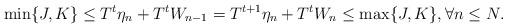
LaTeX: \begin{align*}\min\{J,K\} \le T^t\eta_n+T^tW_{n-1} = T^{t+1}\eta_n+T^tW_n \le \max\{J,K\},\forall n \le N.\end{align*}